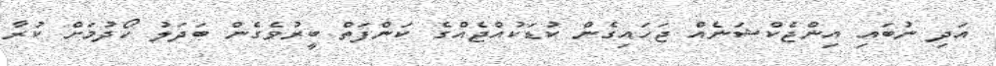
އަދި ނުބައި އިންޖެކްޝަނެއް ޖަހައިގެން ކުޑަކުއްޖެއްގެ ކަންފަތް ބީރުވެގެން ބަދަލު ހޯދުމަށް ކުރާ